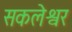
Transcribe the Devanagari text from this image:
सकलेश्वर